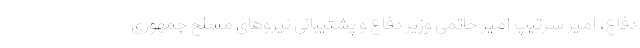
دفاع، امیر سرتیپ امیر حاتمی وزیر دفاع و پشتیبانی نیروهای مسلح جمهوری